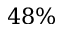
4 8 \%